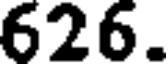
626.